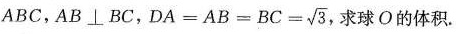
ABC，AB\bot BC， $$D A = B C = A B = \sqrt { 3 }$$, 求球O的体积。